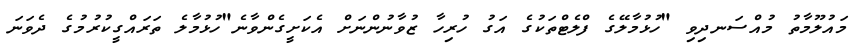
މައުލޫމާތު މުއްސަނދިވި "ހުޅުމާލޭގެ ފްލެޓްތަކުގެ އަގު ހުރިހާ ޒުވާނުންނަށް އެކަށީގެންވާނެ"ހުޅުމާލެ ތަރައްގީކުރުމުގެ ދެވަނަ